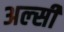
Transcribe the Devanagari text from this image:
अल्‍सी